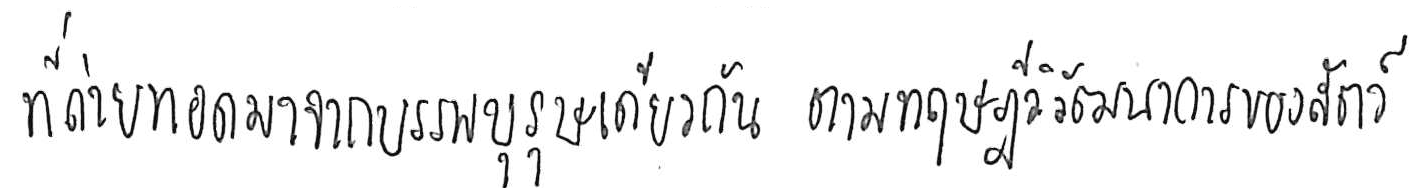
ที่ถ่ายทอดมาจากบรรพบุรุษเดียวกัน ตามทฤษฎีวิวัฒนาการของสัตว์